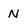
Character: N